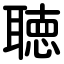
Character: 聴